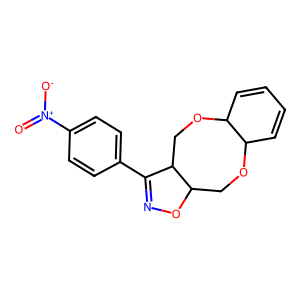
SMILES: O=[N+]([O-])c1ccc(C2=NOC3COC4C=CC=CC4OCC23)cc1
Inhibits HIV replication: No